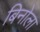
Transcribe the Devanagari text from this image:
बिनोला